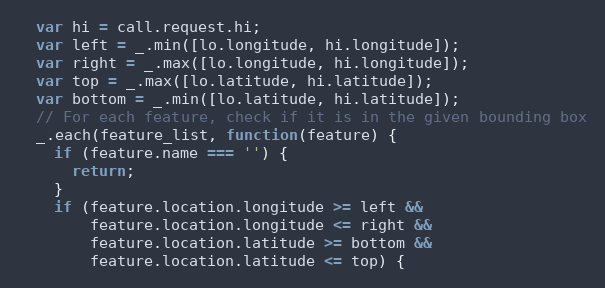
Language: JavaScript
  var hi = call.request.hi;
  var left = _.min([lo.longitude, hi.longitude]);
  var right = _.max([lo.longitude, hi.longitude]);
  var top = _.max([lo.latitude, hi.latitude]);
  var bottom = _.min([lo.latitude, hi.latitude]);
  // For each feature, check if it is in the given bounding box
  _.each(feature_list, function(feature) {
    if (feature.name === '') {
      return;
    }
    if (feature.location.longitude >= left &&
        feature.location.longitude <= right &&
        feature.location.latitude >= bottom &&
        feature.location.latitude <= top) {